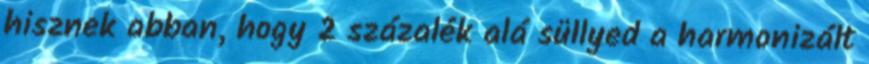
hisznek abban, hogy 2 százalék alá süllyed a harmonizált